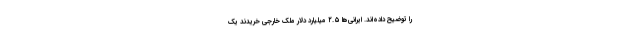
را توضیح داده‌اند. ایرانی‌ها ۲.۵ میلیارد دلار ملک خارجی خریدند یک